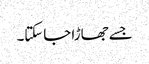
جسے جھاڑا جاسکتا۔